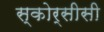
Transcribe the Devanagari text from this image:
स्कोर्सीसी